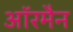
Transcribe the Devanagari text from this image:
ऑरमैन